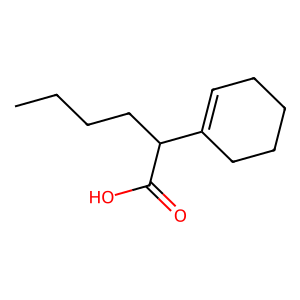
SMILES: CCCCC(C(=O)O)C1=CCCCC1
Inhibits HIV replication: No